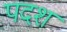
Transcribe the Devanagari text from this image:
पदश